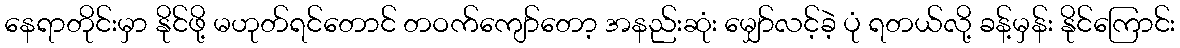
နေရာတိုင်းမှာ နိုင်ဖို့ မဟုတ်ရင်တောင် တဝက်ကျော်တော့ အနည်းဆုံး မျှော်လင့်ခဲ့ ပုံ ရတယ်လို့ ခန့်မှန်း နိုင်ကြောင်း